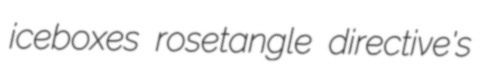
iceboxes rosetangle directive's